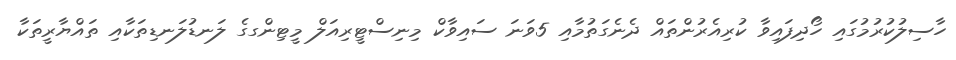
ހާސިލުކުރުމުގައި ހޯދިފައިވާ ކުރިއެރުންތައް ދެނެގަތުމާއި 5ވަނަ ސައިވާކް މިނިސްޓީރިއަލް މީޓިންގގެ ލަނޑުލަނޑިތަކާއި ތައްޔާރީތަކާ